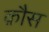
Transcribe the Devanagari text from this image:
क़ौस